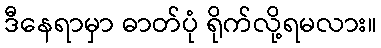
ဒီနေရာမှာ ဓာတ်ပုံ ရိုက်လို့ရမလား။